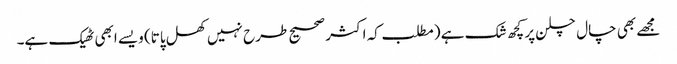
مجھے بھی چال چلن پر کچھ شک ہے (مطلب کہ اکثر صحیح طرح نہیں‌کھل پاتا) ویسے ابھی ٹھیک ہے۔